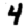
Digit: 4